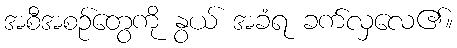
အစီအစဉ်တွေကို နွယ် အခံရ ခက်လှလေ၏။